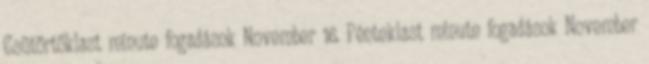
Csütörtöklast minute fogadások November 16. Pénteklast minute fogadások November